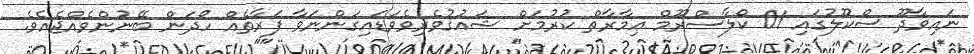
ނައިވާދޫ ސްކޫލުގައި 01 ކްލާސްރޫމް ޢިމާރާތް ކުރުމަށް ޝައުޤުވެރިވެވަޑައިގަންނަވާ ފަރާތެއް ހޯދަން ބޭނުންވެއްޖެއެވެ.